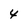
Character: 4